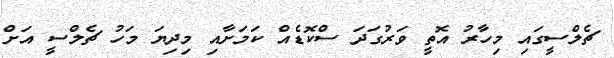
ޗެލްސީގައި މިހާރު އޮތީ ވަރުގަދަ ސްކޮޑެއް ކަމަށާއި މިދިޔަ މަހު ޗެލްސީ އަށް